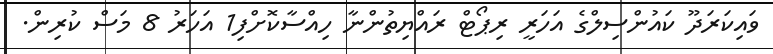
ވައިކަރަދޫ ކައުންސިލްގެ އަހަރީ ރިޕޯޓް ރައްޔިތުންނާ ހިއްސާކޮށްފި1 އަހަރު 8 މަސް ކުރިން.